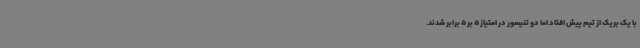
با یک بریک از تیم پیش افتاد اما دو تنیسور در امتیاز 5 بر 5 برابر شدند.